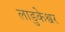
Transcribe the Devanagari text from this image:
लाडुकेश्वर